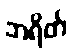
ဘရိတ်